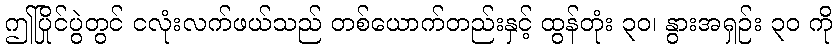
ဤပြိုင်ပွဲတွင် ငလုံးလက်ဖယ်သည် တစ်ယောက်တည်းနှင့် ထွန်တုံး ၃၀၊ နွားအရှဉ်း ၃၀ ကို